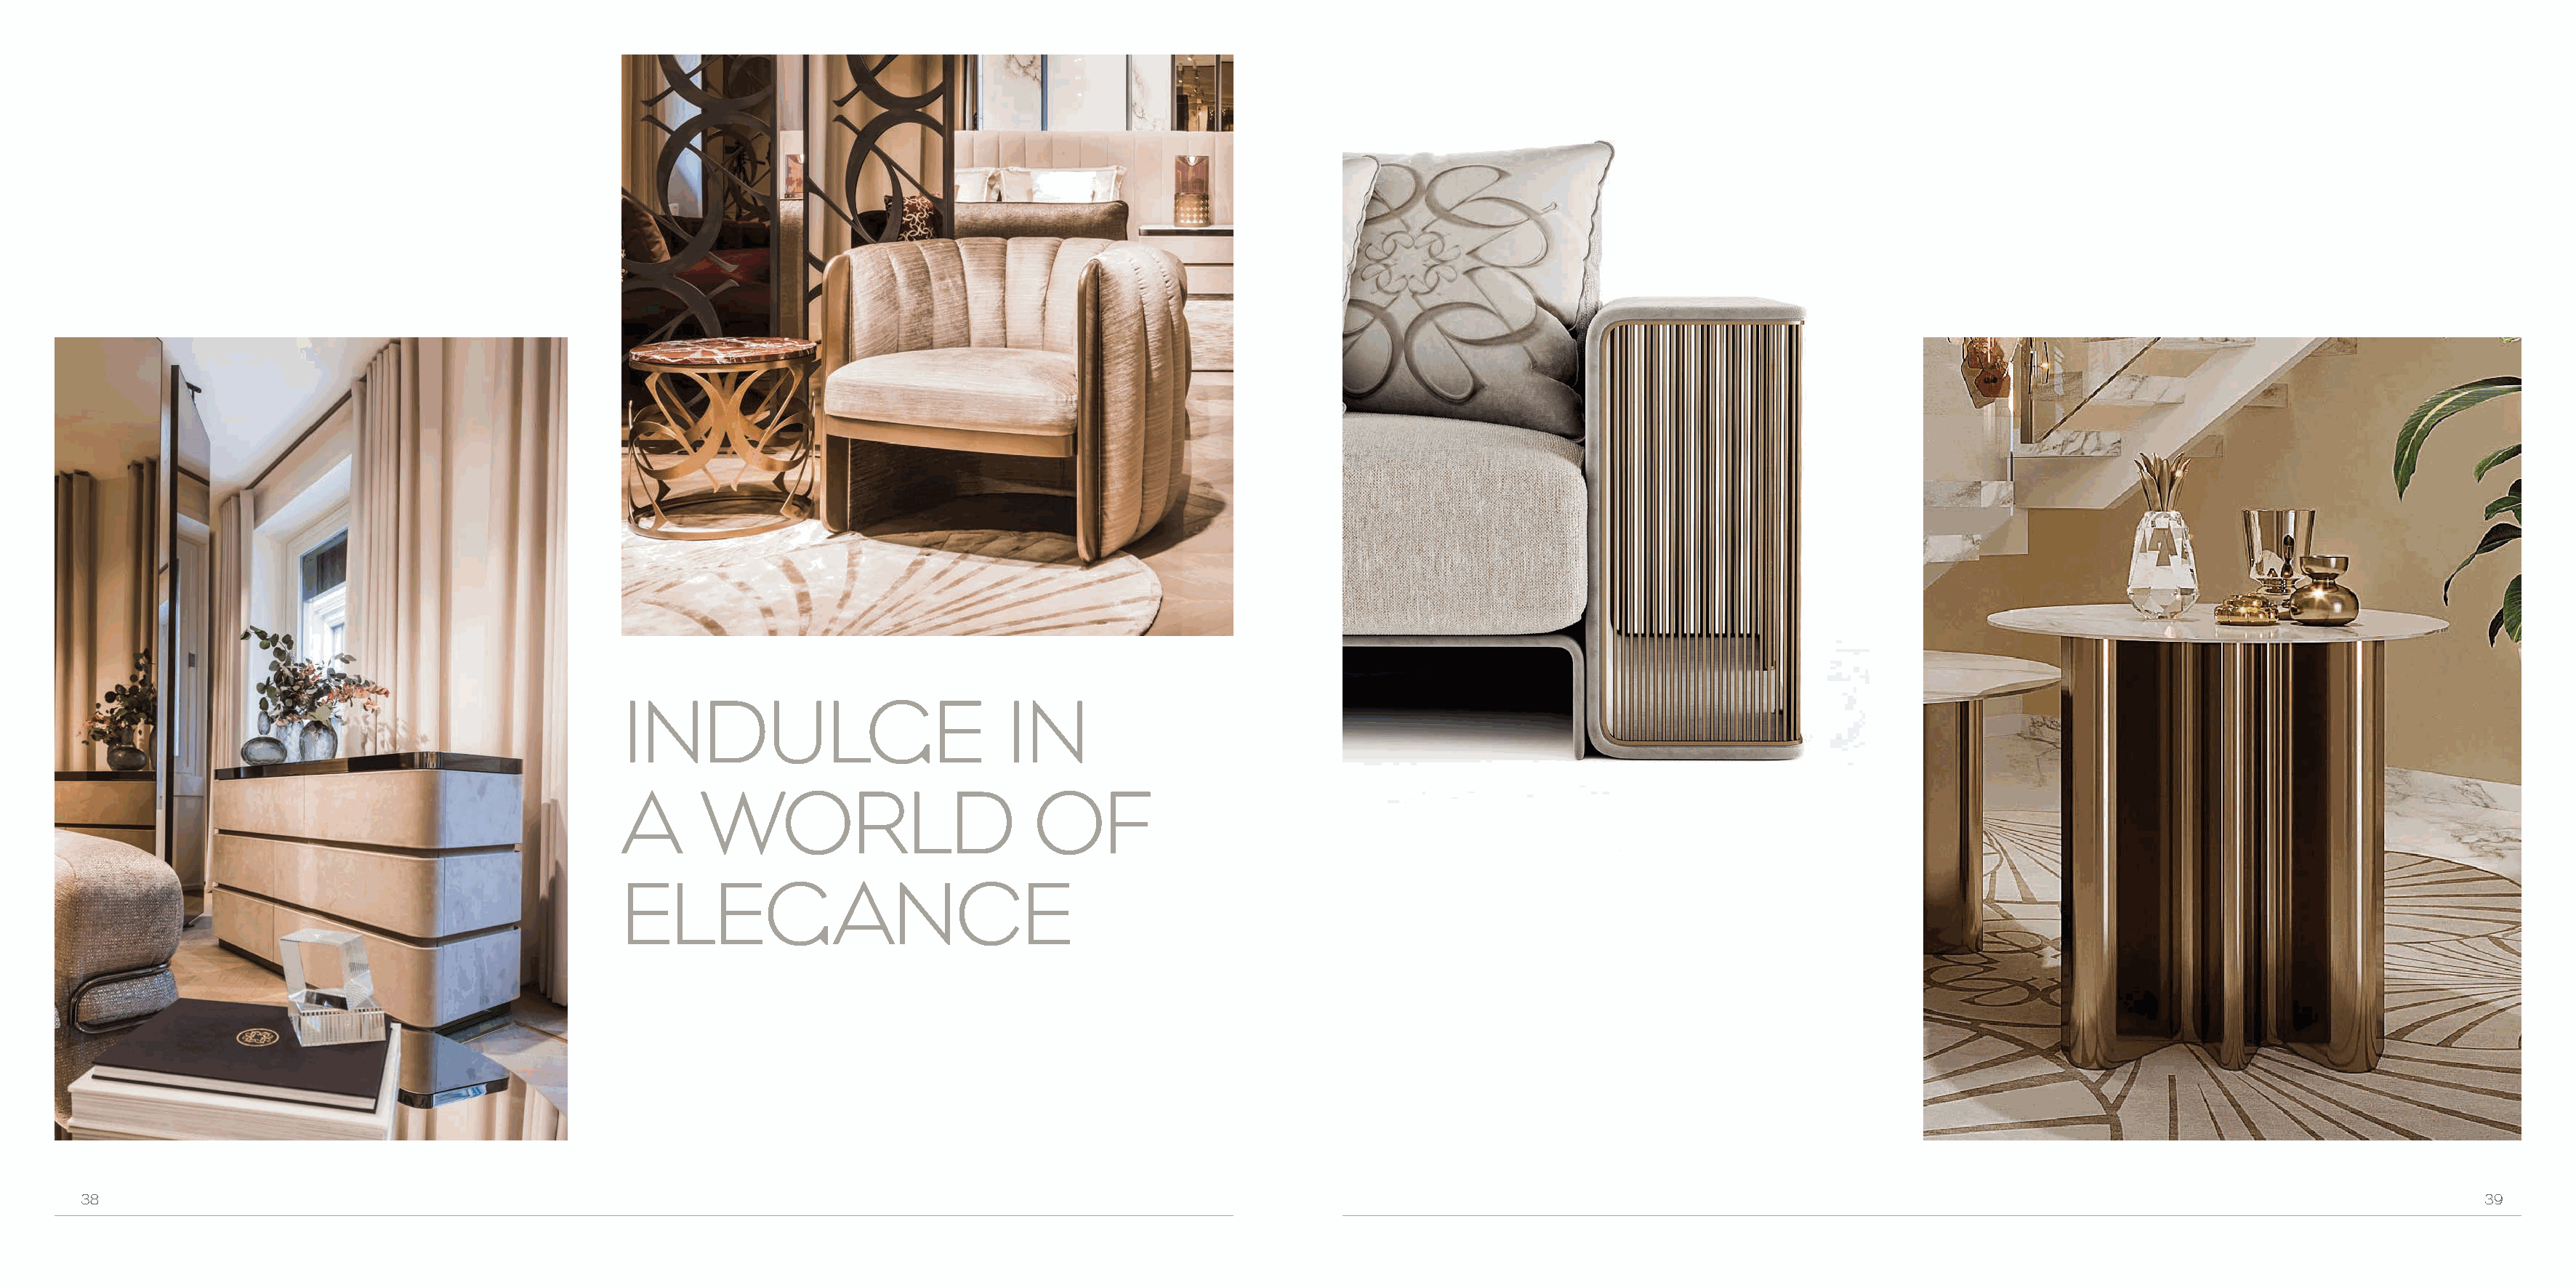
INDULGE                            IN
 A      WORLD                         OF
 ELEGANCE
 38                                                                                                                                                                                                                         39